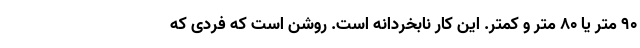
۹۰ متر یا ۸۰ متر و کمتر. این کار نابخردانه است. روشن است که فردی که